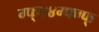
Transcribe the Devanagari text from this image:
ग्फ्४४ग्फ्ग्फ्